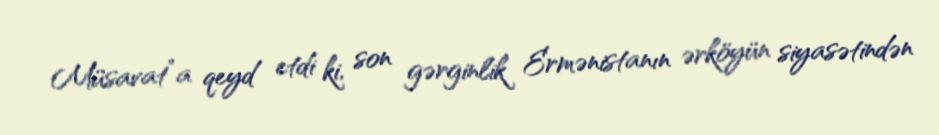
Müsavat”a qeyd etdi ki, son gərginlik Ermənistanın ərköyün siyasətindən